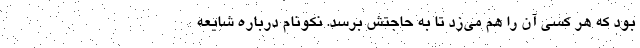
بود که هر کسی آن را هم می‌زد تا به حاجتش برسد. نکونام درباره شایعه